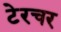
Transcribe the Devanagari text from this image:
टेरचर